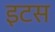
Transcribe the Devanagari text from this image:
इटस